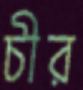
চীর